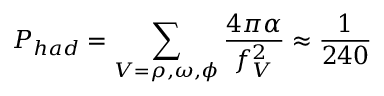
P _ { h a d } = \sum _ { V = \rho , \omega , \phi } { \frac { 4 \pi \alpha } { f _ { V } ^ { 2 } } } \approx { \frac { 1 } { 2 4 0 } }